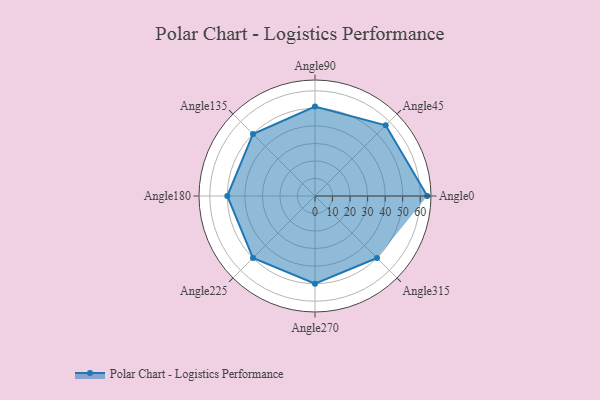
{"axis": {"x": "Angle", "y": "Radius"}, "legend": [""], "data": [{"x": "Angle0", "y": 64.0, "type": ""}, {"x": "Angle45", "y": 57.0, "type": ""}, {"x": "Angle90", "y": 51.0, "type": ""}, {"x": "Angle135", "y": 50, "type": ""}, {"x": "Angle180", "y": 50, "type": ""}, {"x": "Angle225", "y": 50, "type": ""}, {"x": "Angle270", "y": 50, "type": ""}, {"x": "Angle315", "y": 50, "type": ""}]}